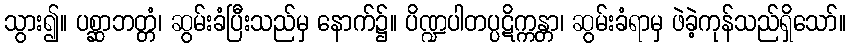
သွား၍။ ပစ္ဆာဘတ္တံ၊ ဆွမ်းခံပြီးသည်မှ နောက်၌။ ပိဏ္ဍပါတပ္ပဋိက္ကန္တာ၊ ဆွမ်းခံရာမှ ဖဲခဲ့ကုန်သည်ရှိသော်။